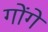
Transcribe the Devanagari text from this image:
गोंगे